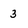
Character: 3